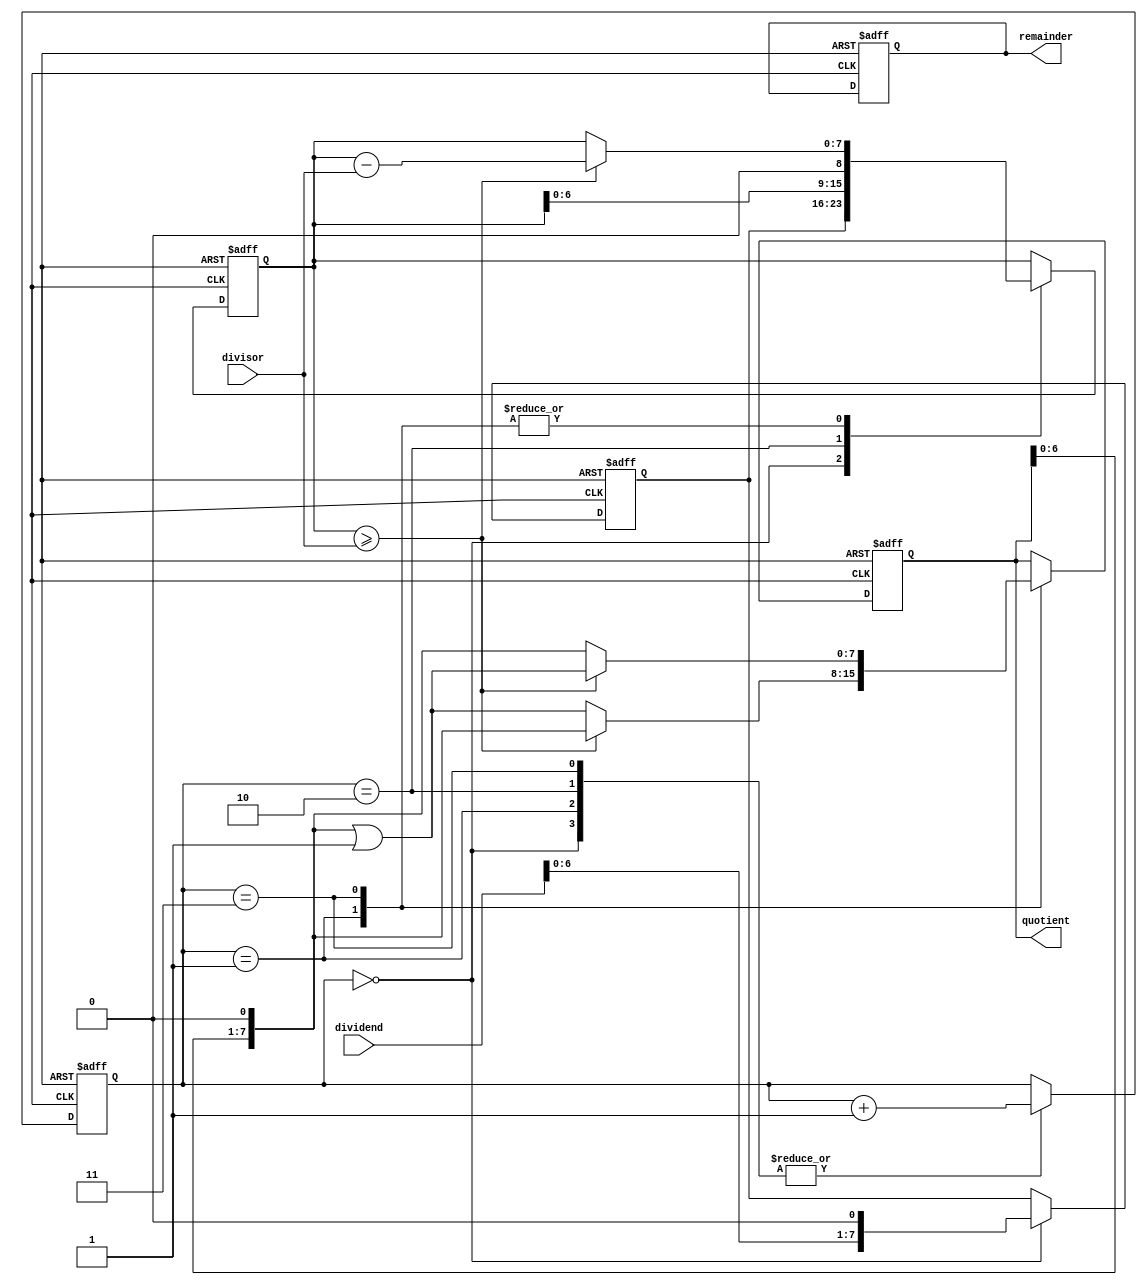
module Restoring_Divider (
    input wire [7:0] dividend,
    input wire [7:0] divisor,
    output reg [7:0] quotient,
    output reg [7:0] remainder
);

reg [7:0] temp_dividend;
reg [7:0] temp_remainder;
reg [2:0] count;

always @ (posedge clock or posedge reset) begin
    if (reset) begin
        temp_dividend <= 8'b0;
        temp_remainder <= 8'b0;
        count <= 3'b0;
        quotient <= 8'b0;
        remainder <= 8'b0;
    end else begin
        case (count)
            3'b000: begin // Initial state
                temp_dividend <= {dividend, 1'b0}; // Pad dividend with 0 bit
                temp_remainder <= temp_dividend;
                count <= count + 3'b001;
            end
            3'b001: begin // Subtract divisor from dividend
                if (temp_remainder >= divisor) begin
                    temp_remainder <= temp_remainder - divisor;
                    quotient <= quotient << 1;
                end else begin
                    quotient <= quotient << 1 | 1'b1;
                end
                count <= count + 3'b001;
            end
            3'b010: begin // Shift remainder
                temp_remainder <= temp_remainder << 1;
                count <= count + 3'b001;
            end
            3'b011: begin // Check if done
                if (temp_remainder >= divisor) begin
                    temp_remainder <= temp_remainder - divisor;
                    quotient <= quotient << 1 | 1'b1;
                end else begin
                    quotient <= quotient << 1;
                end
                count <= count + 3'b001;
            end
            default: begin
                // Do nothing
            end
        endcase
    end
end

endmodule